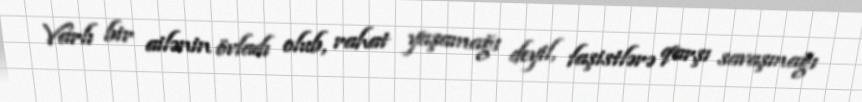
Varlı bir ailənin övladı olub, rahat yaşamağı deyil, faşistlərə qarşı savaşmağı